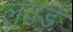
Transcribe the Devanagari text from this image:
लयर्ड